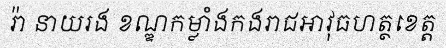
រ៉ា នាយរង ខណ្ឌកម្លាំងកងរាជអាវុធហត្ថខេត្ត